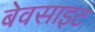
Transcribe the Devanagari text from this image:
बेवसाइट